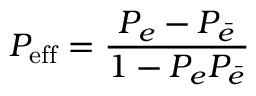
P _ { \mathrm { e f f } } = \frac { P _ { e } - P _ { \bar { e } } } { 1 - P _ { e } P _ { \bar { e } } }